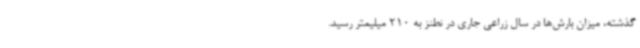
گذشته، میزان بارش‌ها در سال زراعی جاری در نطنز به 210 میلیمتر رسید.